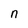
Character: n